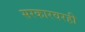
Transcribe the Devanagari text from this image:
सरकारवरही